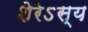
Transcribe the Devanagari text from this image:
शेरेऽस्य